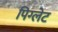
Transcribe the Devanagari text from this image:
पिग्लेट